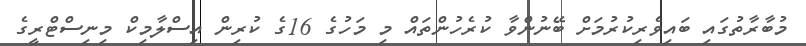
މުބާރާތުގައި ބައިވެރިކުރުމަށް ބޭނުންވާ ކުރެހުންތައް މި މަހުގެ 16ގެ ކުރިން އިސްލާމިކް މިނިސްޓްރީގެ